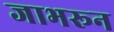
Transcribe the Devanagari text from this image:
जाभरून